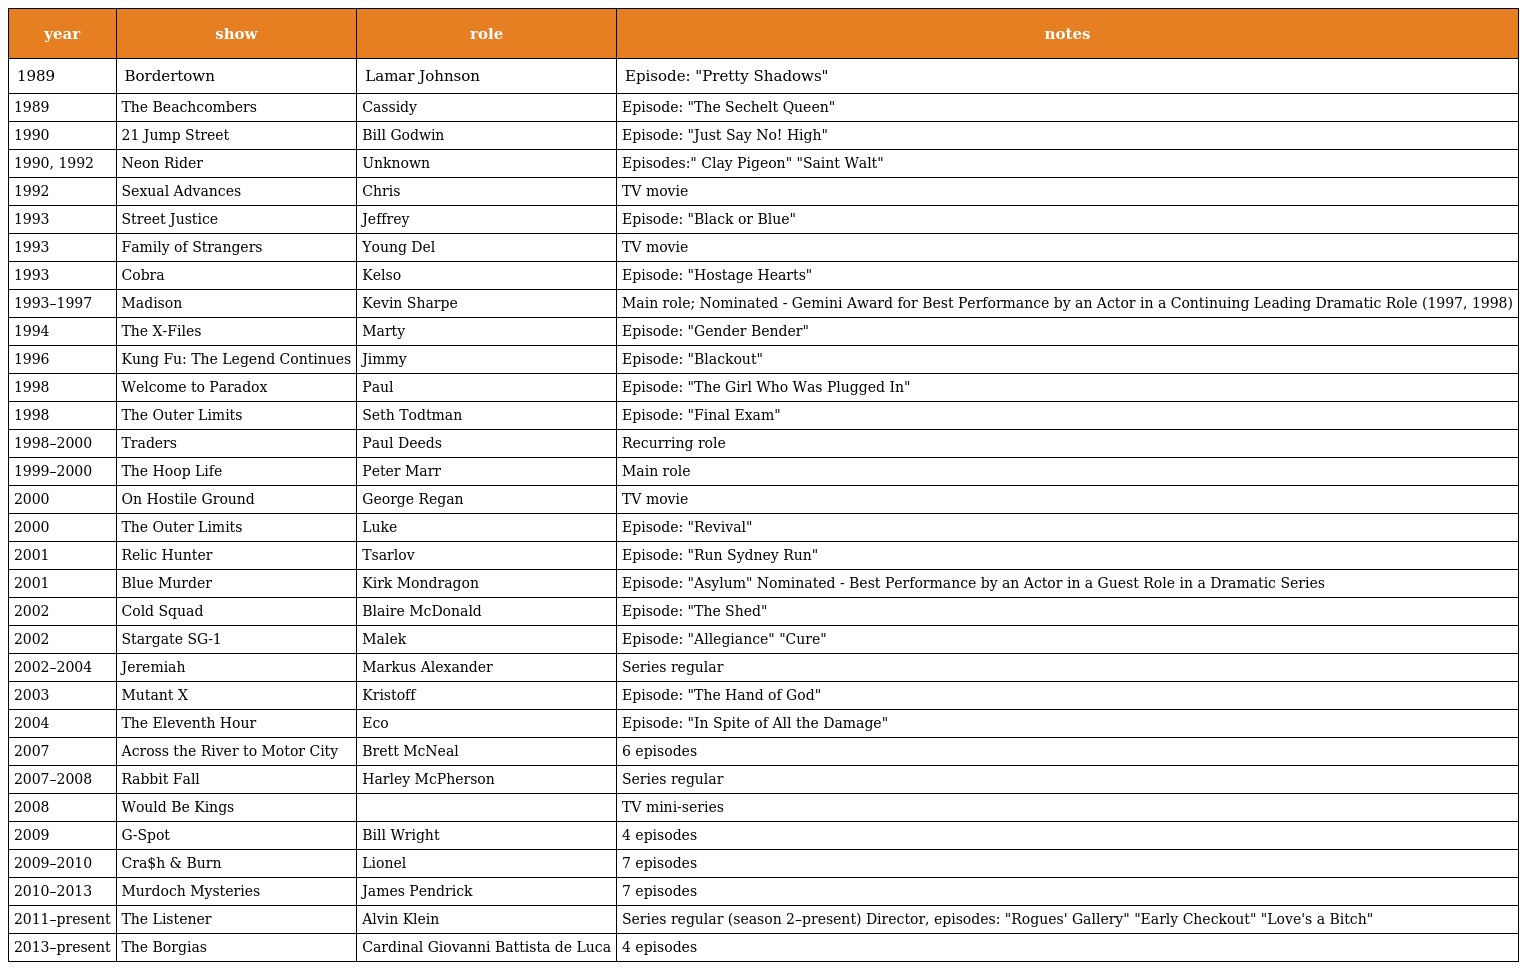
| year | show | role | notes |
 | --- | --- | --- | --- |
 | 1989 | Bordertown | Lamar Johnson | Episode: "Pretty Shadows" |
 | 1989 | The Beachcombers | Cassidy | Episode: "The Sechelt Queen" |
 | 1990 | 21 Jump Street | Bill Godwin | Episode: "Just Say No! High" |
 | 1990, 1992 | Neon Rider | Unknown | Episodes:" Clay Pigeon" "Saint Walt" |
 | 1992 | Sexual Advances | Chris | TV movie |
 | 1993 | Street Justice | Jeffrey | Episode: "Black or Blue" |
 | 1993 | Family of Strangers | Young Del | TV movie |
 | 1993 | Cobra | Kelso | Episode: "Hostage Hearts" |
 | 1993–1997 | Madison | Kevin Sharpe | Main role; Nominated - Gemini Award for Best Performance by an Actor in a Continuing Leading Dramatic Role (1997, 1998) |
 | 1994 | The X-Files | Marty | Episode: "Gender Bender" |
 | 1996 | Kung Fu: The Legend Continues | Jimmy | Episode: "Blackout" |
 | 1998 | Welcome to Paradox | Paul | Episode: "The Girl Who Was Plugged In" |
 | 1998 | The Outer Limits | Seth Todtman | Episode: "Final Exam" |
 | 1998–2000 | Traders | Paul Deeds | Recurring role |
 | 1999–2000 | The Hoop Life | Peter Marr | Main role |
 | 2000 | On Hostile Ground | George Regan | TV movie |
 | 2000 | The Outer Limits | Luke | Episode: "Revival" |
 | 2001 | Relic Hunter | Tsarlov | Episode: "Run Sydney Run" |
 | 2001 | Blue Murder | Kirk Mondragon | Episode: "Asylum" Nominated - Best Performance by an Actor in a Guest Role in a Dramatic Series |
 | 2002 | Cold Squad | Blaire McDonald | Episode: "The Shed" |
 | 2002 | Stargate SG-1 | Malek | Episode: "Allegiance" "Cure" |
 | 2002–2004 | Jeremiah | Markus Alexander | Series regular |
 | 2003 | Mutant X | Kristoff | Episode: "The Hand of God" |
 | 2004 | The Eleventh Hour | Eco | Episode: "In Spite of All the Damage" |
 | 2007 | Across the River to Motor City | Brett McNeal | 6 episodes |
 | 2007–2008 | Rabbit Fall | Harley McPherson | Series regular |
 | 2008 | Would Be Kings |  | TV mini-series |
 | 2009 | G-Spot | Bill Wright | 4 episodes |
 | 2009–2010 | Cra$h & Burn | Lionel | 7 episodes |
 | 2010–2013 | Murdoch Mysteries | James Pendrick | 7 episodes |
 | 2011–present | The Listener | Alvin Klein | Series regular (season 2–present) Director, episodes: "Rogues' Gallery" "Early Checkout" "Love's a Bitch" |
 | 2013–present | The Borgias | Cardinal Giovanni Battista de Luca | 4 episodes |